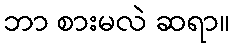
ဘာ စားမလဲ ဆရာ။